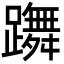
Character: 躌